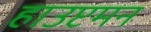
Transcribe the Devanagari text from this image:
हाउप्टमन